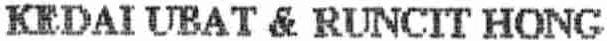
KEDAI UBAT & RUNCIT HONG